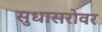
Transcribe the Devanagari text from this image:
सुधासरोवर